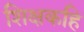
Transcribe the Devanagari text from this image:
शिक्षकहि